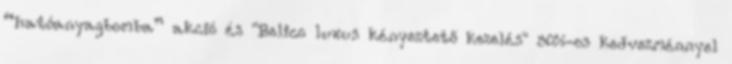
“hatóanyagbomba” akció és "Belico luxus kényeztető kezelés" 50%-os kedvezménnyel